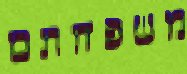
משפחתם